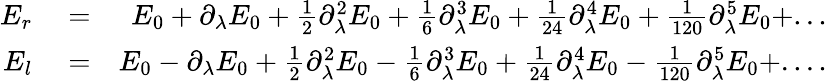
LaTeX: \begin{array}{rlr}{E_{r}}&{{}=}&{E_{0}+\partial_{\lambda}E_{0}+\frac{1}{2}\partial_{\lambda}^{2}E_{0}+\frac{1}{6}\partial_{\lambda}^{3}E_{0}+\frac{1}{24}\partial_{\lambda}^{4}E_{0}+\frac{1}{120}\partial_{\lambda}^{5}E_{0}+...}\\ {E_{l}}&{{}=}&{E_{0}-\partial_{\lambda}E_{0}+\frac{1}{2}\partial_{\lambda}^{2}E_{0}-\frac{1}{6}\partial_{\lambda}^{3}E_{0}+\frac{1}{24}\partial_{\lambda}^{4}E_{0}-\frac{1}{120}\partial_{\lambda}^{5}E_{0}+....}\end{array}